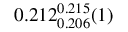
0 . 2 1 2 _ { 0 . 2 0 6 } ^ { 0 . 2 1 5 } ( 1 )